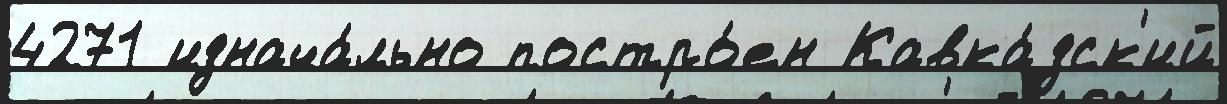
4271 изнача́льно постро́ен Кавка́зск'ий